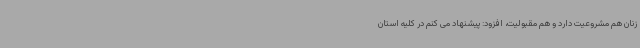
زنان هم مشروعیت دارد و هم مقبولیت، افزود: پیشنهاد می کنم در کلیه استان